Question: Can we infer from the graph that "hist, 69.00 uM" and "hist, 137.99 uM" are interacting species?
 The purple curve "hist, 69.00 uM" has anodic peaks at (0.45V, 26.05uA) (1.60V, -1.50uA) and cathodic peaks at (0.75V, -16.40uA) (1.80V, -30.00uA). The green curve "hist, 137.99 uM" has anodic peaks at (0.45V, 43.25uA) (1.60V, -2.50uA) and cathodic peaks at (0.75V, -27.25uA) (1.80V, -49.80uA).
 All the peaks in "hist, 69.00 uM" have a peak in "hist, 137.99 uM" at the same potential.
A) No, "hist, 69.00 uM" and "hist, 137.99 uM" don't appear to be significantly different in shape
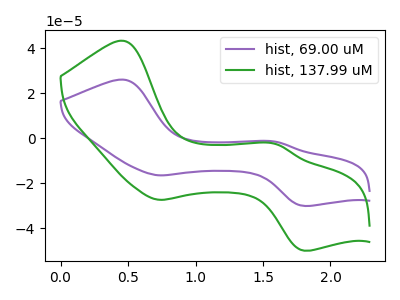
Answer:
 <answer>A) No, "hist, 69.00 uM" and "hist, 137.99 uM" don't appear to be significantly different in shape</answer>
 <eval>A</eval>